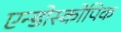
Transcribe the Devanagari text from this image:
एन्डोस्कोपिक